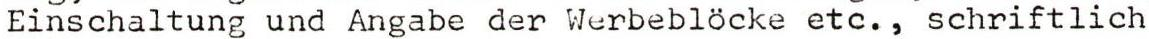
Einschaltung und Angabe der Werbeblöcke etc., schriftlich